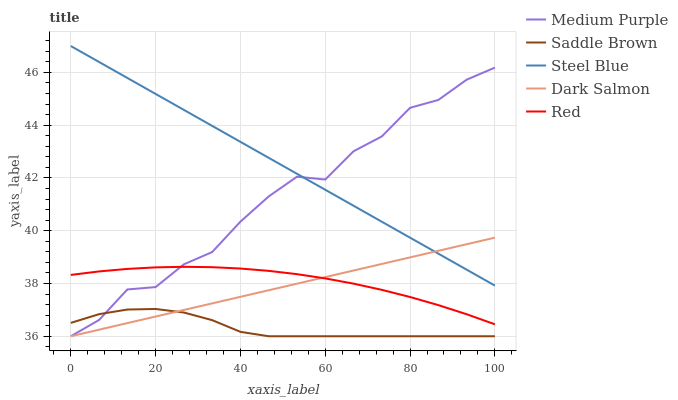
| xaxis_label | Medium Purple | Saddle Brown | Steel Blue | Dark Salmon | Red |
 | --- | --- | --- | --- | --- | --- |
 | 0 | 36 | 36.5 | 47 | 36 | 38.3 |
 | 6.67 | 36.6 | 36.8 | 46.4 | 36.2 | 38.5 |
 | 13.3 | 37.8 | 37 | 45.8 | 36.5 | 38.6 |
 | 20 | 37.9 | 37 | 45.2 | 36.7 | 38.6 |
 | 26.7 | 38.7 | 36.9 | 44.6 | 37 | 38.6 |
 | 33.3 | 39.2 | 36.6 | 44 | 37.2 | 38.6 |
 | 40 | 40.3 | 36.2 | 43.4 | 37.5 | 38.6 |
 | 46.7 | 41.3 | 36 | 42.8 | 37.7 | 38.5 |
 | 53.3 | 42 | 36 | 42.2 | 38 | 38.4 |
 | 60 | 41.9 | 36 | 41.6 | 38.2 | 38.2 |
 | 66.7 | 43 | 36 | 40.9 | 38.5 | 38 |
 | 73.3 | 43.6 | 36 | 40.3 | 38.7 | 37.8 |
 | 80 | 44.7 | 36 | 39.7 | 39 | 37.5 |
 | 86.7 | 45 | 36 | 39.1 | 39.2 | 37.2 |
 | 93.3 | 45.7 | 36 | 38.5 | 39.5 | 36.8 |
 | 100 | 46.2 | 36 | 37.9 | 39.7 | 36.5 |